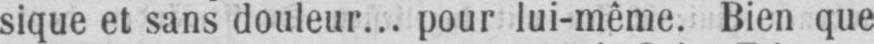
sique et sans douleur... pour lui-même. Bien que